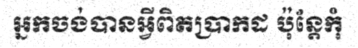
អ្នកចង់បានអ្វីពិតប្រាកដ ប៉ុន្តែកុំ